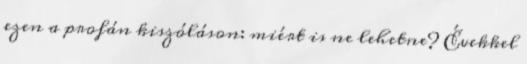
ezen a profán kiszóláson: miért is ne lehetne? Évek­kel